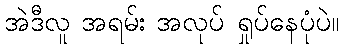
အဲဒီလူ အရမ်း အလုပ် ရှုပ်နေပုံပဲ။